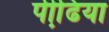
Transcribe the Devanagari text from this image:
पीढि़या